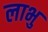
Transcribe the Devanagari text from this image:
लाभु